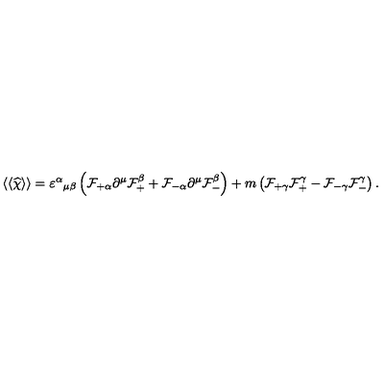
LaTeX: \langle \langle \widehat \chi \rangle \rangle = { \varepsilon ^ { \alpha } } _ { \mu \beta } \left( { \cal F } _ { + \alpha } \partial ^ { \mu } { \cal F } _ { + } ^ { \beta } + { \cal F } _ { - \alpha } \partial ^ { \mu } { \cal F } _ { - } ^ { \beta } \right) + m \left( { \cal F } _ { + \gamma } { \cal F } _ { + } ^ { \gamma } - { \cal F } _ { - \gamma } { \cal F } _ { - } ^ { \gamma } \right) .